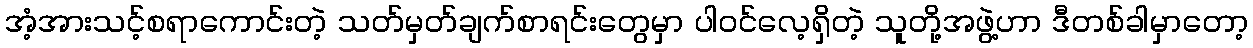
အံ့အားသင့်စရာကောင်းတဲ့ သတ်မှတ်ချက်စာရင်းတွေမှာ ပါဝင်လေ့ရှိတဲ့ သူတို့အဖွဲ့ဟာ ဒီတစ်ခါမှာတော့